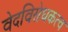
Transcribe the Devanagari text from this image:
वेदविरोधकत्व